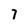
Character: 7